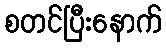
စတင်ပြီးနောက်